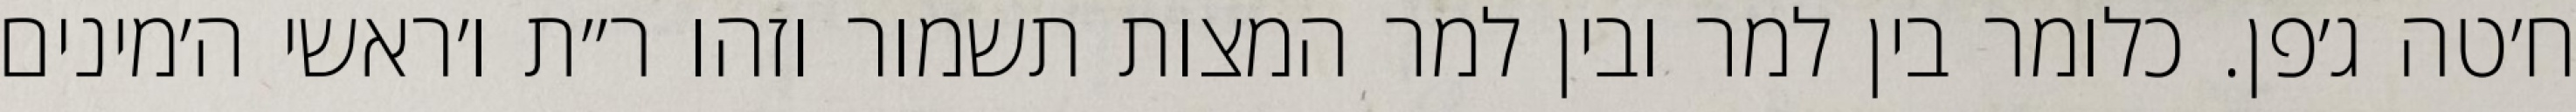
ח׳טה ג׳פן. כלומר בין למר ובין למר המצות תשמור וזהו ר״ת ו׳ראשי ה׳מינים